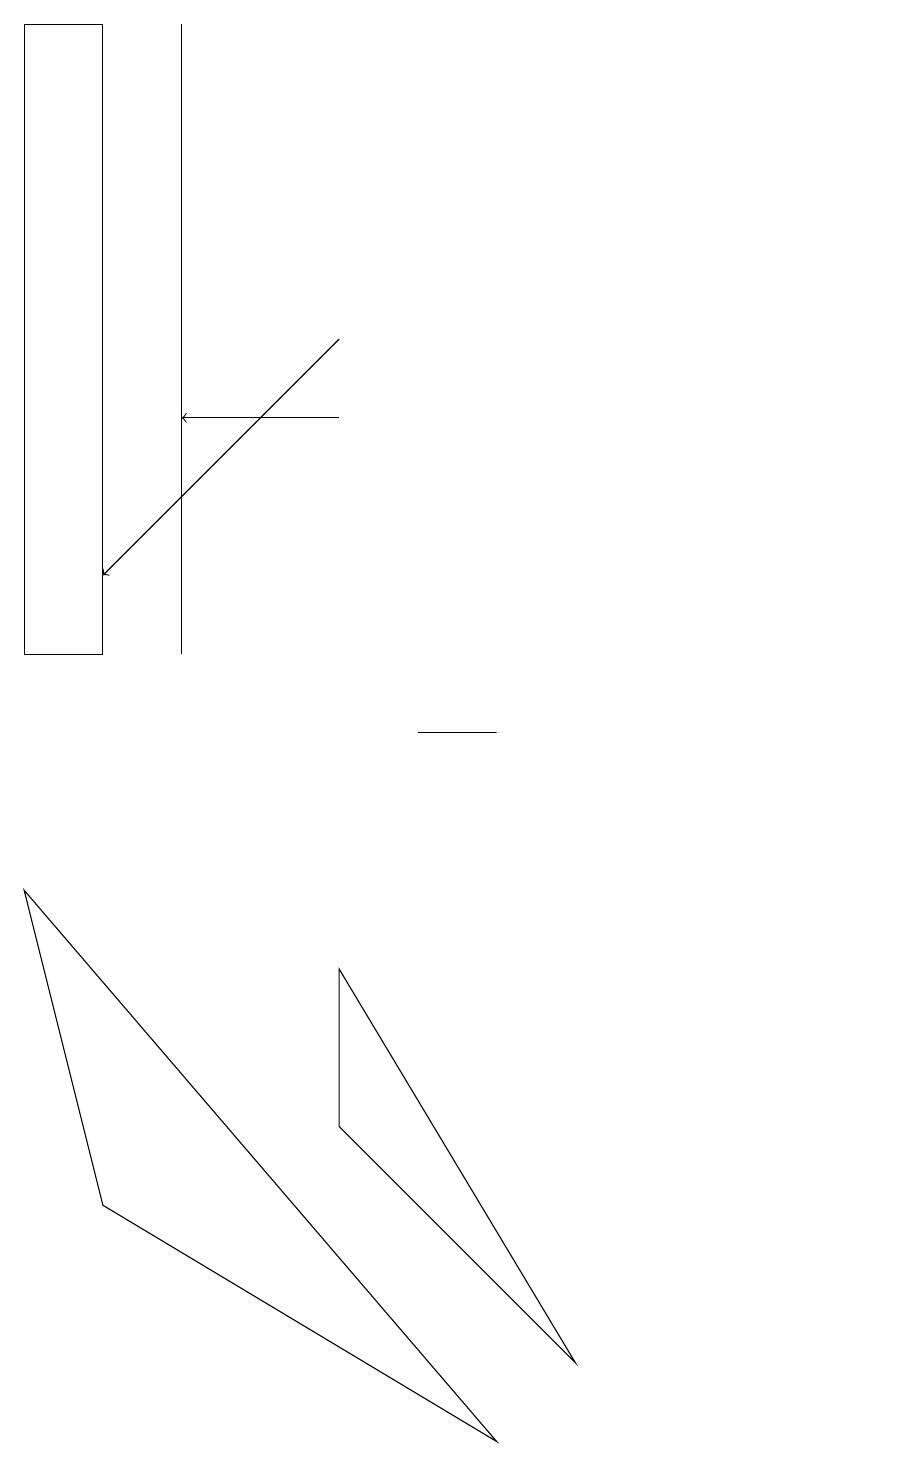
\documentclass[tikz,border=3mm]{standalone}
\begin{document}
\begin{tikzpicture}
\draw (12,10) circle (0);
\draw (1,19) rectangle (2,11);
\draw (5,5) -- (8,2) -- (5,7) -- cycle;
\draw[->] (5,14) -- (3,14);
\draw (2,4) -- (1,8) -- (7,1) -- cycle;
\draw (3,19) rectangle (3,11);
\draw (7,10) rectangle (6,10);
\draw[->] (5,15) -- (2,12);
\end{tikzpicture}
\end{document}